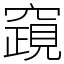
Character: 竀